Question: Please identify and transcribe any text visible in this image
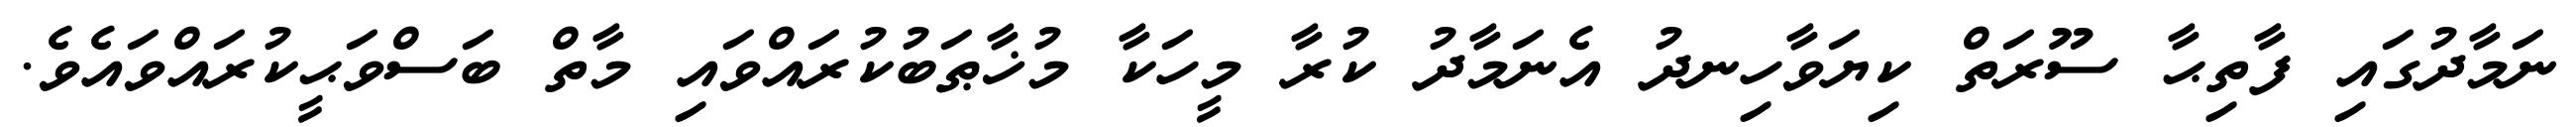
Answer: ނަމާދުގައި ފާތިޙާ ސޫރަތް ކިޔަވާހިނދު އެނަމާދު ކުރާ މީހަކާ މުޚާޠަބުކުރައްވައި މާތް ބަސްވަޙީކުރައްވައެވެ.